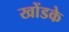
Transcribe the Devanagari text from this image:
खोंडके